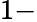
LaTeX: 1-